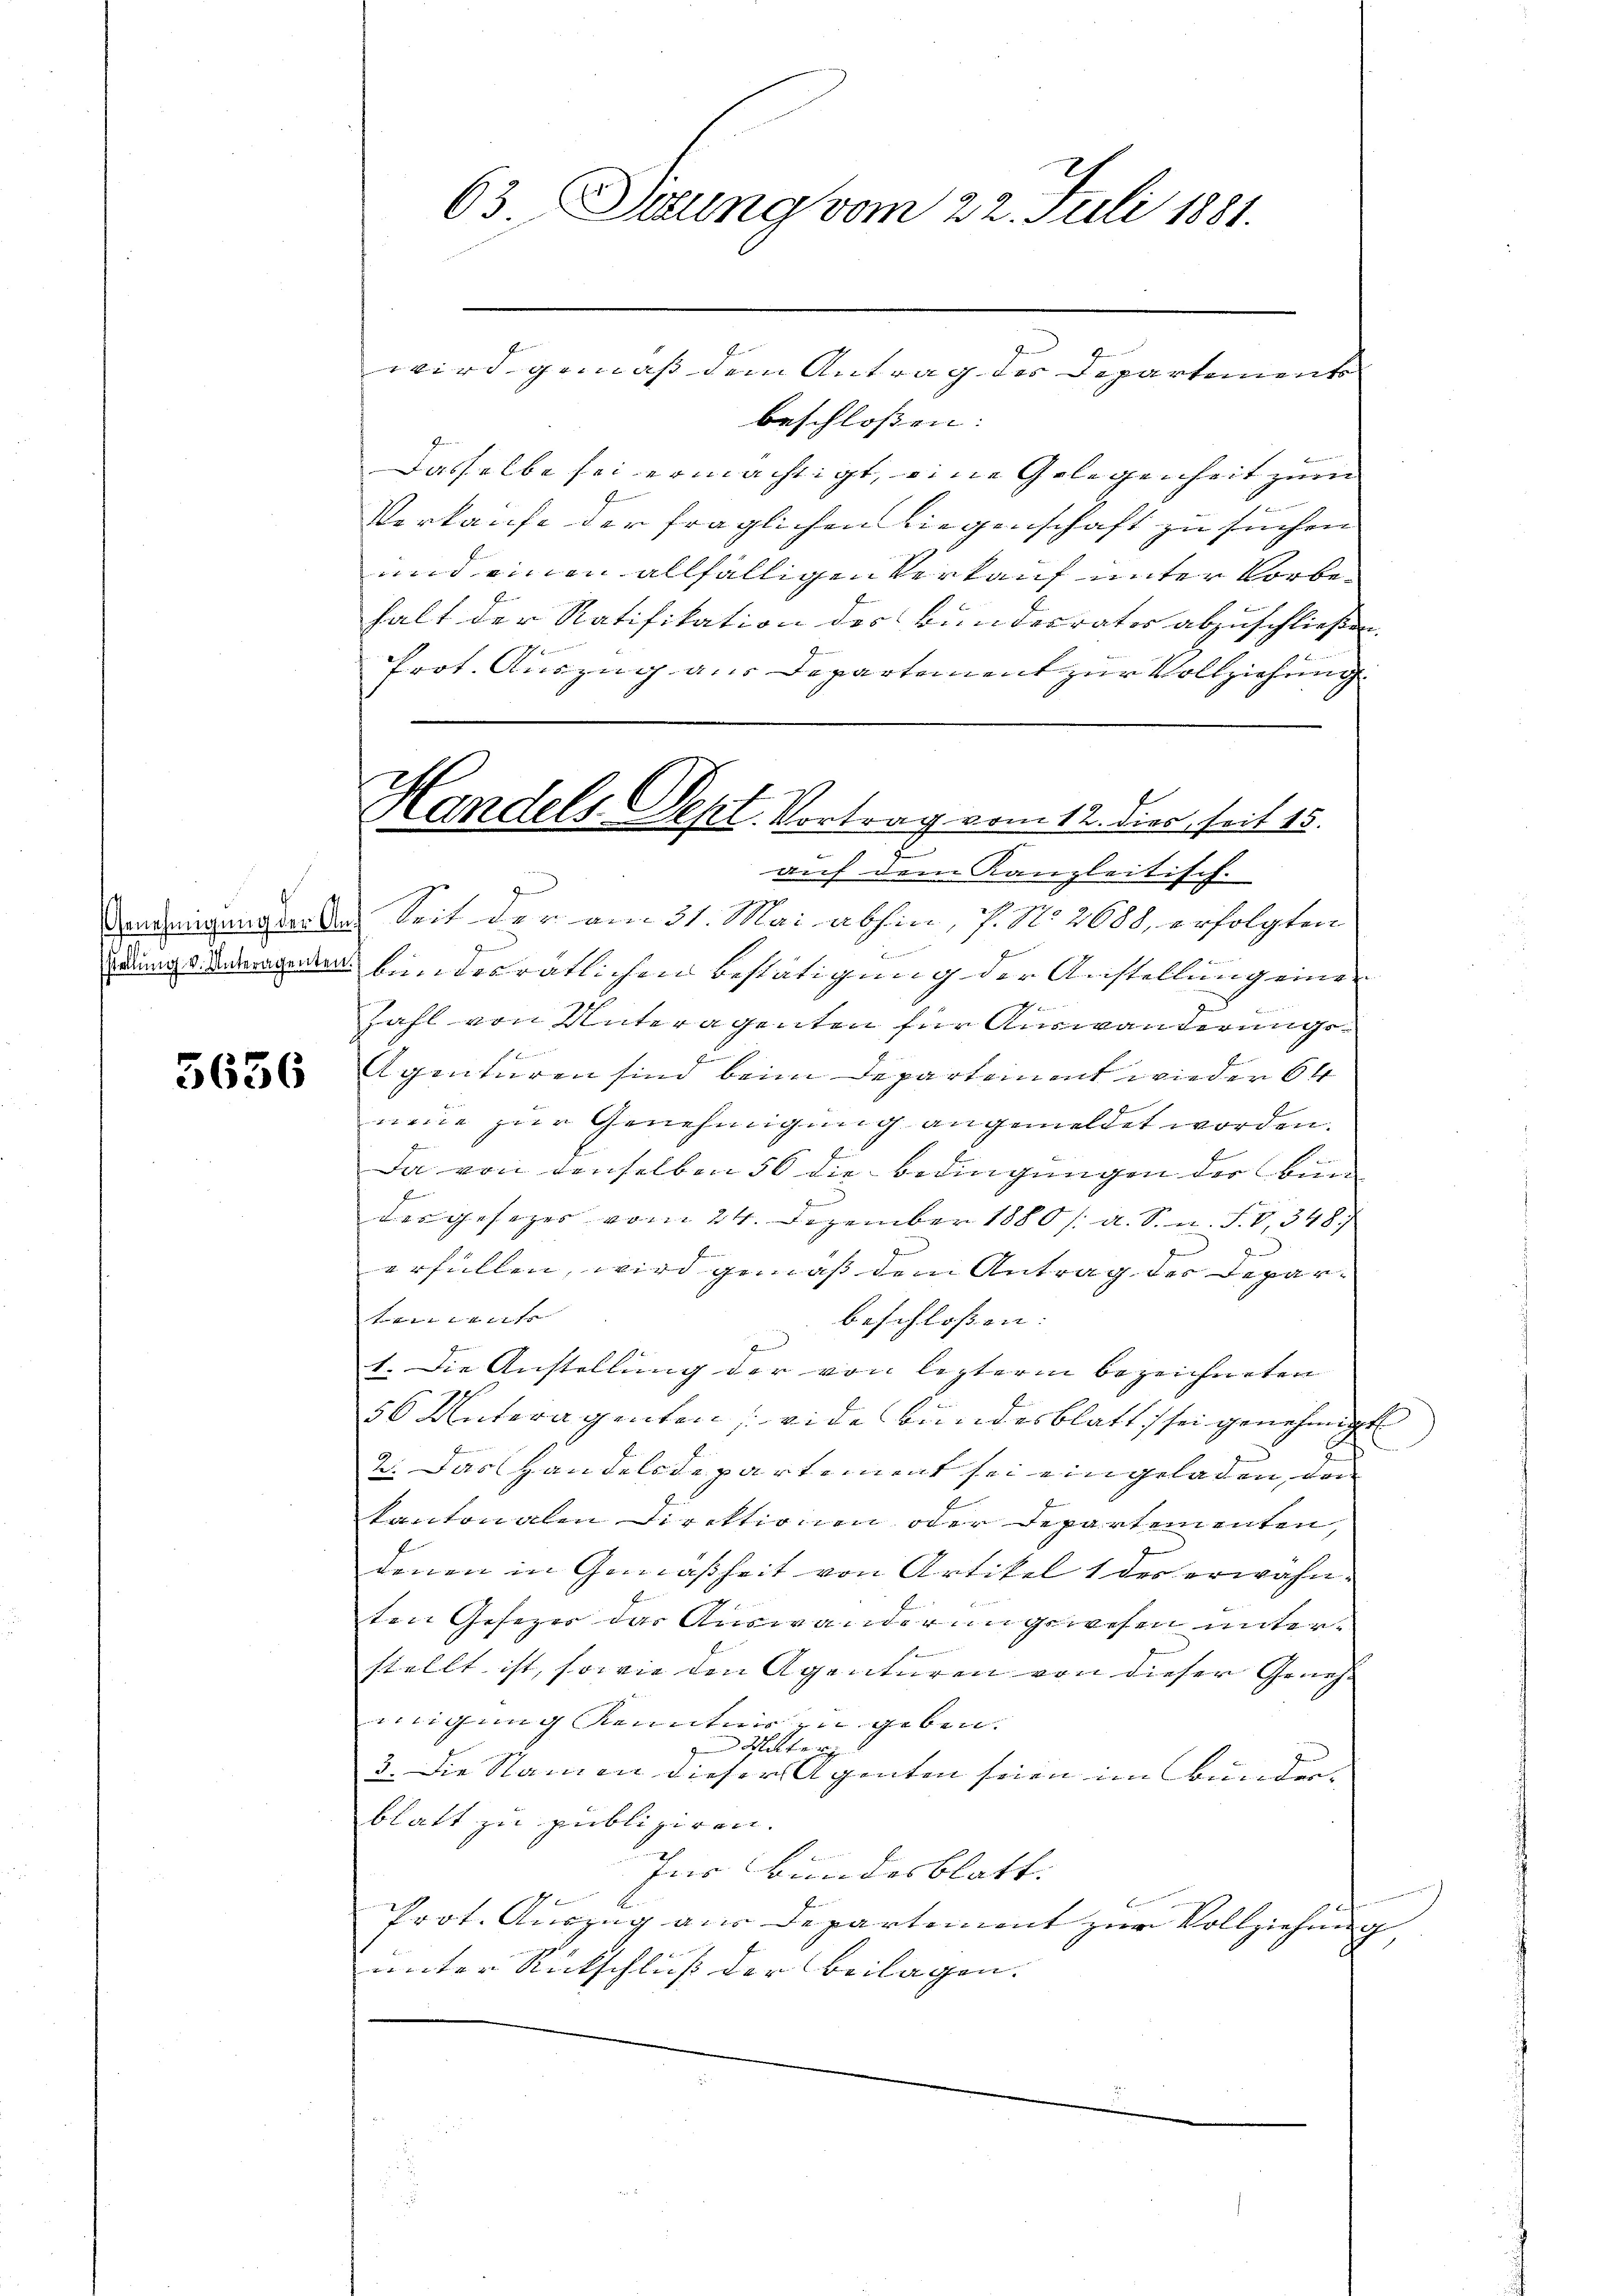
stellung v. Unteragenten.

5636

g

63. Serung vom 22. Juli 1881.

wird gemäß den Antrag der Departemente
beschlossen: |
Dasselbe sei ermächtigt, eine Gelegenheit zum
Verkaufe der fraglichen liegenschaft zu suchen
und einen allfälligen Verkauf unter Vorbehalt der Ratifikation des Bundesrates abzuschließen.
Prot. Auszug aus Departement zur Vollziehung
auf dem Kanzleitisch-
Veneigung teile Seit der am 31. Mai abhin, P. No. 2688, erfolgten
bundesrätlichen Bestätigung der Anstellung einen

J
Zahl von Unteragenten für Auswanderungs¬

Agenturen sind beim Departiment wieder 64
neue zur Genehmigung angemeldet worden.
Da von denselben 56 die Bedingungen der Bun
der gesezes vom 24. Dezember 1880 /: a. S. n. F. V, 3487
erfüllen, wird gemäß dem Antrag des Deparf 2 x 2 2 f
beschlossen:
2.
1. Die Anstellung der von lezterm bezeichneten
56 Unteragenten, wide Bundesblatt is sei genehmigt
2. Das Handelsdepartement sei eingeladen, da
kantonalen Direktionen oder Departementen,
denen in Gemäßheit von Artikel 1 des erwähnten Gesezes das Auswanderungswesen unterstellt ist, sowie den Agenturen von dieser Geneheinigung Kenntnis zu geben.
zum Mitte i
3. Die Namen dieser Agenten seien im Bunden.
blatt zu publiziren.
Ins Bundesblatt
Prot. Auszug aus Departement zur Vollziehung
unter Rückschluß der Beilagen. |

Handels Sept. Vortrag vom 12. dies seit 15.